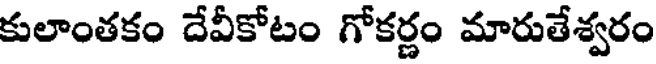
కులాంతకం దేవీకోటం గోకర్ణం మారుతేశ్వరం